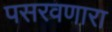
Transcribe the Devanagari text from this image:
पसरवणारा